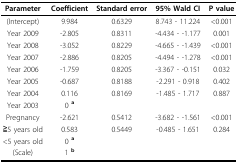
| Parameter | Coefficient | Standard error | 95% Wald CI | P value |
 | --- | --- | --- | --- | --- |
 | (Intercept) | 9.984 | 0.6329 | 8.743 - 11.224 | <0.001 |
 | Year 2009 | -2.805 | 0.8311 | -4.434 - -1.177 | 0.001 |
 | Year 2008 | -3.052 | 0.8229 | -4.665 - -1.439 | <0.001 |
 | Year 2007 | -2.886 | 0.8205 | -4.494 - -1.278 | <0.001 |
 | Year 2006 | -1.759 | 0.8205 | -3.367 - -0.151 | 0.032 |
 | Year 2005 | -0.687 | 0.8188 | -2.291 - 0.918 | 0.402 |
 | Year 2004 | 0.116 | 0.8169 | -1.485 - 1.717 | 0.887 |
 | Year 2003 | 0 a |  |  |  |
 | Pregnancy | -2.621 | 0.5412 | -3.682 - -1.561 | <0.001 |
 | ≧5 years old | 0.583 | 0.5449 | -0.485 - 1.651 | 0.284 |
 | <5 years old | 0 a |  |  |  |
 | (Scale) | 1 b |  |  |  |